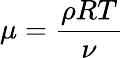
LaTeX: \mu=\frac{\rho RT}{\nu}